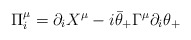
\begin{align*}\Pi_i^\mu = \partial_i X^\mu -i\bar\theta_+\Gamma^\mu\partial_i \theta_+\end{align*}